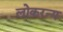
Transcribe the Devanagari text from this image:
लोकरन्ग